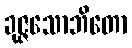
ခုဇ္ဇသောဘိတော